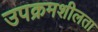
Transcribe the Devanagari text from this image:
उपक्रमशीलता